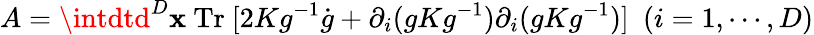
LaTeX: A=\intdtd^{D}\mathbf{x}\mathrm{{~Tr~}}[2Kg^{-1}\dot{{g}}+\partial_{i}(gKg^{-1})\partial_{i}(gKg^{-1})]~~(i=1,\cdots,D)